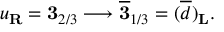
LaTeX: u _ { \bf R } = { \bf 3 } _ { 2 / 3 } \longrightarrow \overline { { { \bf 3 } } } _ { 1 / 3 } = ( \overline { { d } } ) _ { \bf L } .